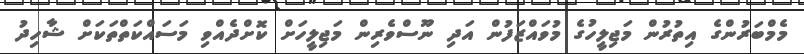
މެމްބަރުންގެ އިތުރުން މަޖިލީހުގެ މުވައްޒަފުން އަދި ނޫސްވެރިން މަޖިލީހަށް ކޮށްދެއްވި މަސައްކަތްތަކަށް ޝާހިދު